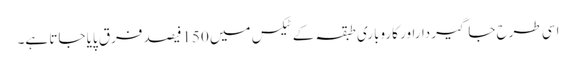
اسی طرح جاگیرداراور کاروباری طبقہ کے ٹیکس میں 150فیصد فرق پایا جاتا ہے۔